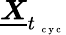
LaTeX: \underline{{\boldsymbol X}}_{t_{\mathrm{~\scriptsize~c~y~c~}}}